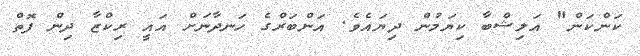
ކަންކަން" އަލިޝްބާ ކިޔަމުން ދިޔައެވެ. އަންބަރްގެ ހަނދާނަށް އައީ ރިކްޒާ ދިން ފޮތް